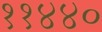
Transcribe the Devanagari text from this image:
११४४०